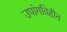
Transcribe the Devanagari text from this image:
उपांगविहीन